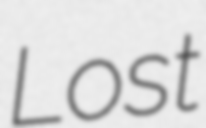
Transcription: Lost